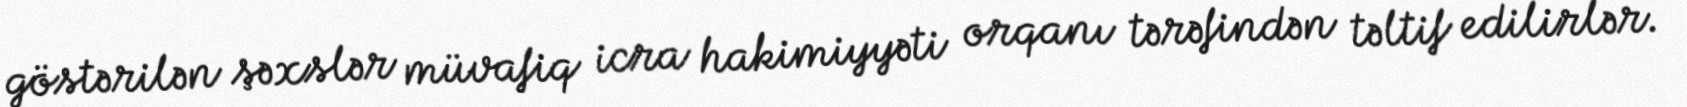
göstərilən şəxslər müvafiq icra hakimiyyəti orqanı tərəfindən təltif edilirlər.